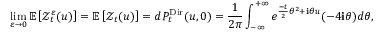
\operatorname* { l i m } _ { \varepsilon \to 0 } \mathbb E \left[ \mathcal { Z } _ { t } ^ { \varepsilon } ( u ) \right] = \mathbb E \left[ \mathcal Z _ { t } ( u ) \right] = d P _ { t } ^ { \mathrm { D i r } } ( u , 0 ) = \frac { 1 } { 2 \pi } \int _ { - \infty } ^ { + \infty } e ^ { \frac { - t } { 2 } \theta ^ { 2 } + \mathbf i \theta u } ( - 4 \mathbf i \theta ) d \theta ,